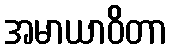
အမာယာဝိတာ